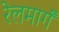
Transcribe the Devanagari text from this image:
रेलमार्गं